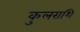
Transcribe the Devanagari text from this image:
कुलराशि